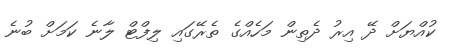
ކުއްޔަށް ދޭ އިރު ދެތިން މަހެއްގެ ތެރޭގައި ލިފްޓް ލާނެ ކަމަށް ބުނެ